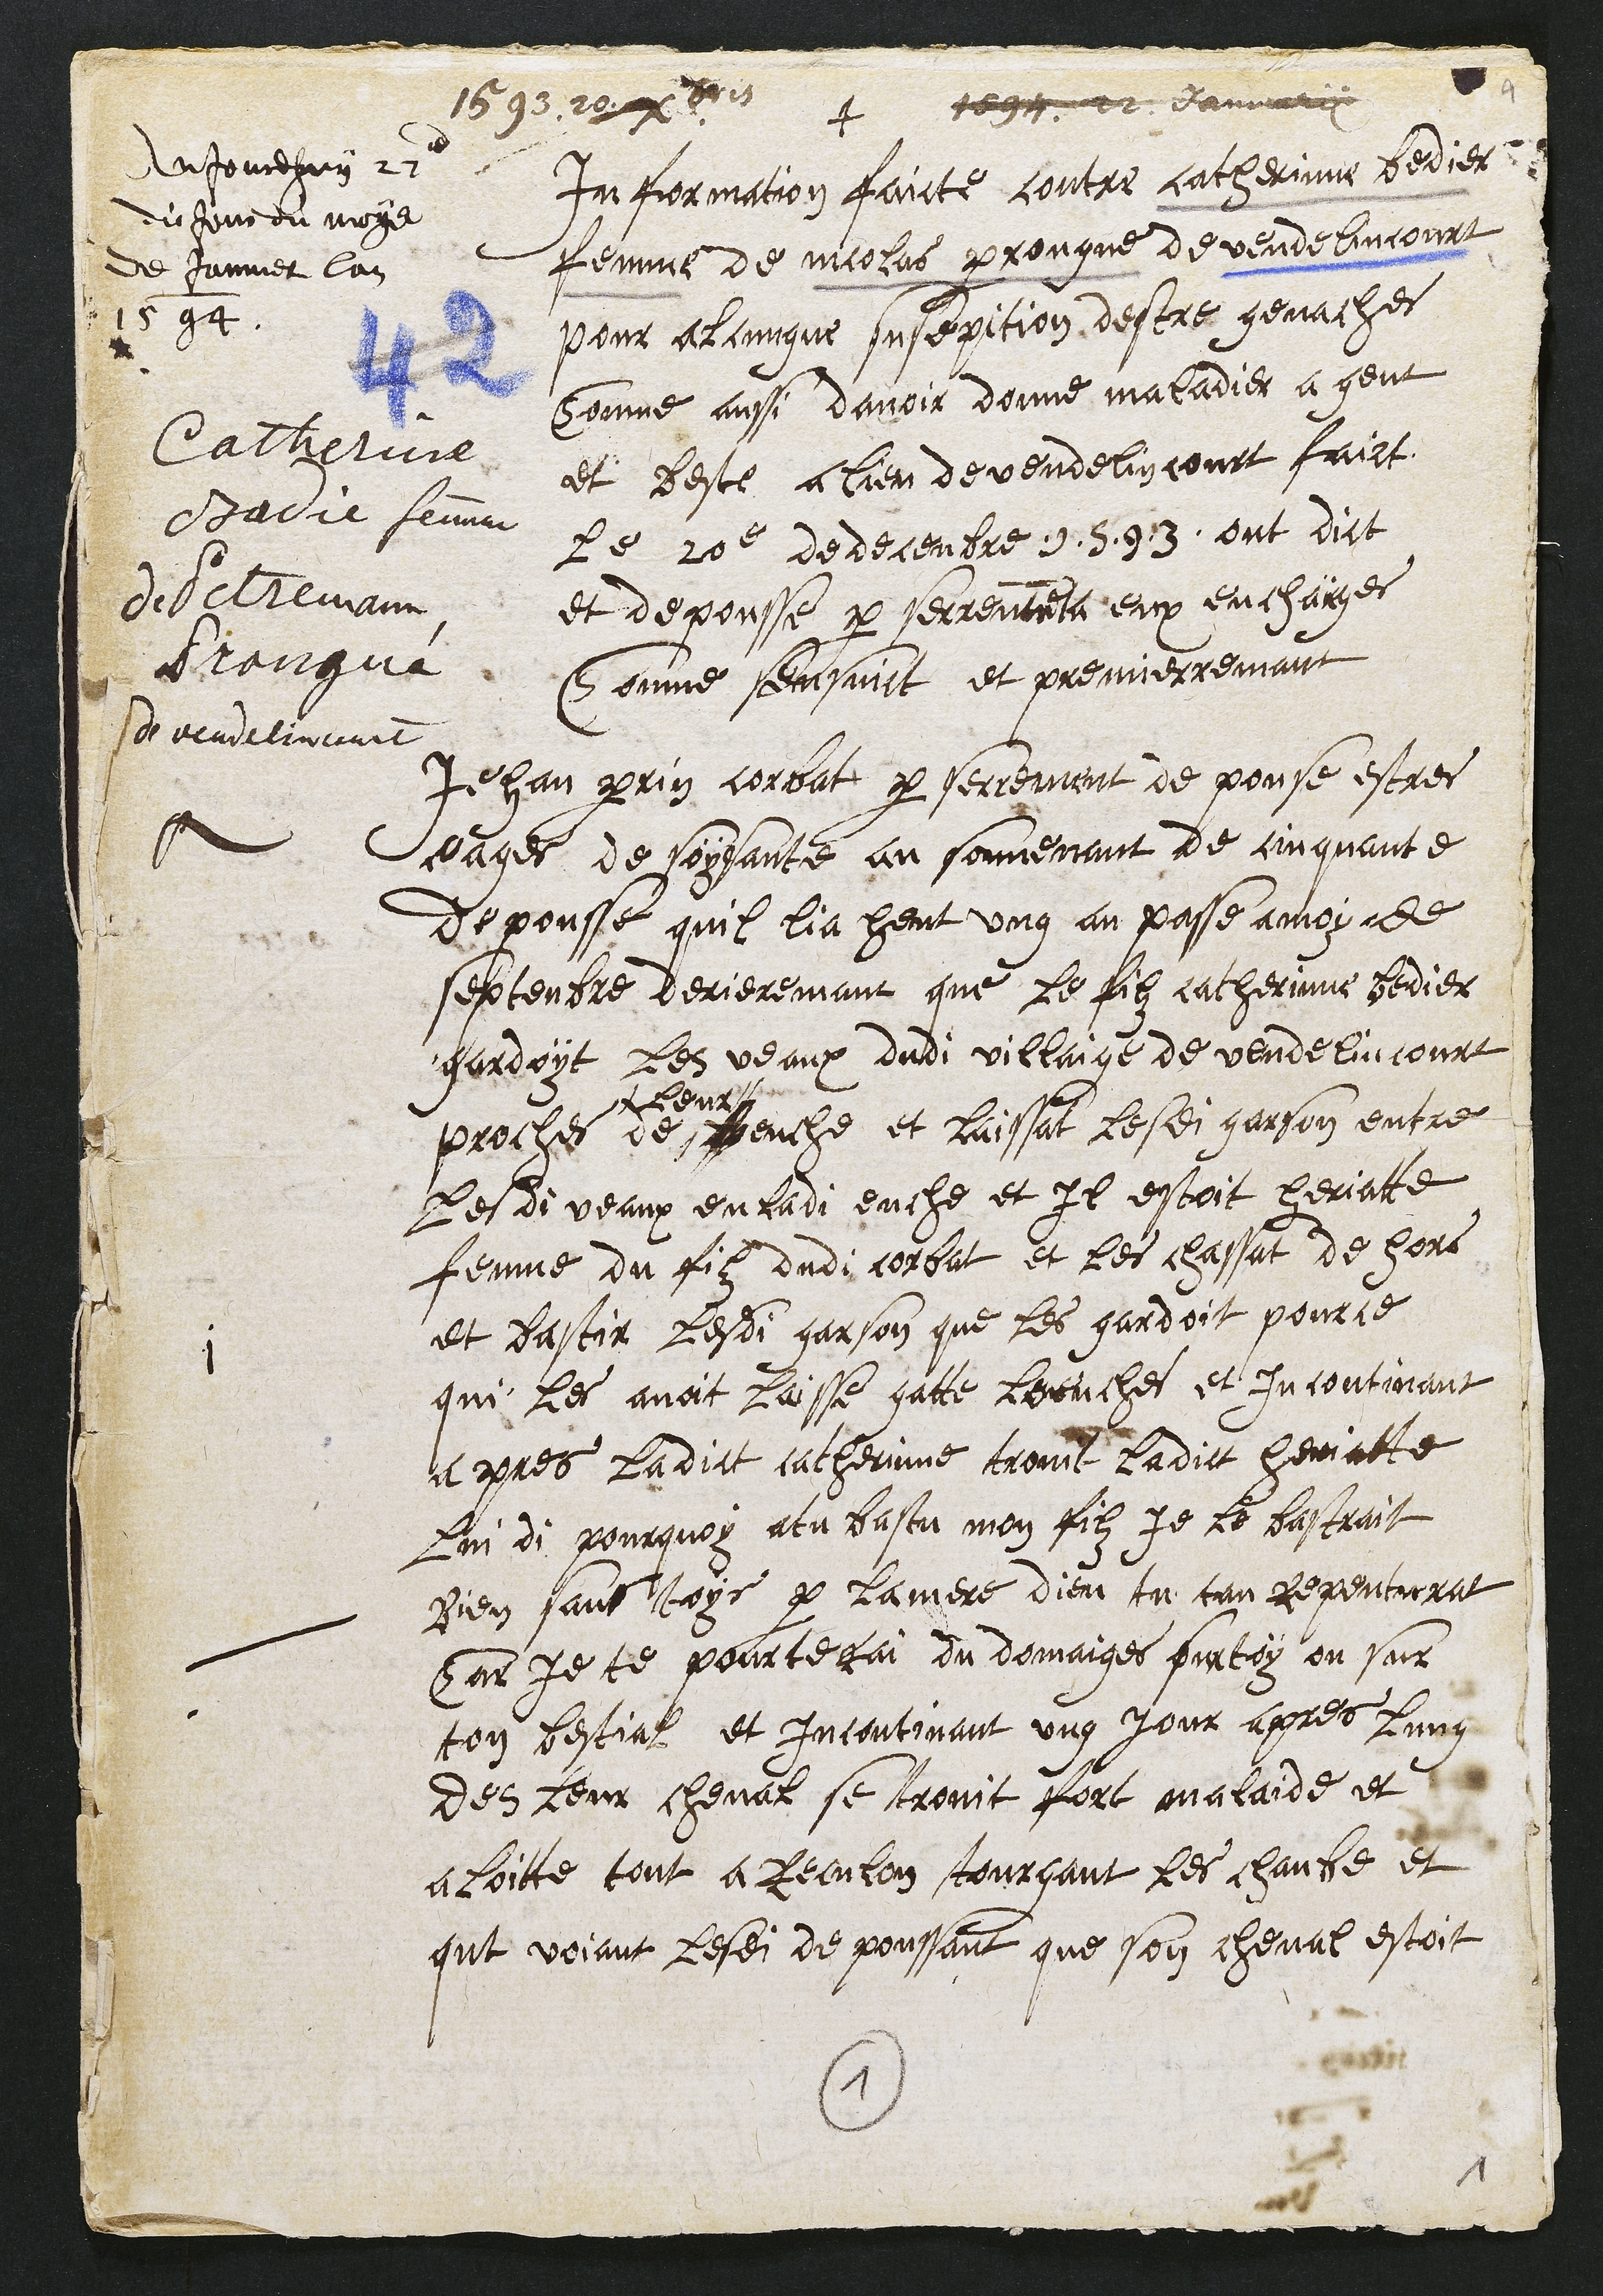
+
1594. 22 janvier
1593. 22 Xbris
Catherine
Badie femme
de Petremann
Prongué
de vendelincourt
Information faicte contre catherinne Bedier
femme de nicolas prongue de vendelincourt
pour a longue susepition destre genache
Comme aussi davoir donné maladies a gent
et beste a lieu de vendelincourt faict
Le 20e de decenbre 1593 ont dict
et depousse par serrement a eux encharges
comme sensuict et premierremant
Aujourdhuy 27e
du Jour du moys
de Janvier lan
1594

1
Jehan perrin corbat par serrement de pouse estre
eages de soysante an souvenant de cinquante
depousse quil lia heut ung an passe a moy de
septenbre derrieremant que le filz catherinne Bedier
gardoit les veaux dudi villaige de vendelincourt
proches de #
# leur
La euche et laissat lesdi garson entre
Lesdi veaux en ladi euche et Il estoit Heriatte
femme du filz dudi corbat et les chassat de hors
et bastir lesdi garson que les gardoit pour ce
qui les avoit laisse gatte loeuches et incontinant
apres ladict Catherinne trovit ladict Heriatte
Lui di pourquoy atu bastu mon filz Je le bastrait
bien sans toys par la mere dieu tu tan repentirat
Car je te pourterai du domaiges surtoy ou sur
ton bestial et incontinant ung jour apres lung
des leur cheval se trovit fort malaide et
aloitte tout a Reculon tourgant les chambe et
qut voyant lesdi de poussant que son cheval estoit
1
1